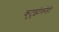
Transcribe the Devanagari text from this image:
कुटुझोवनेही